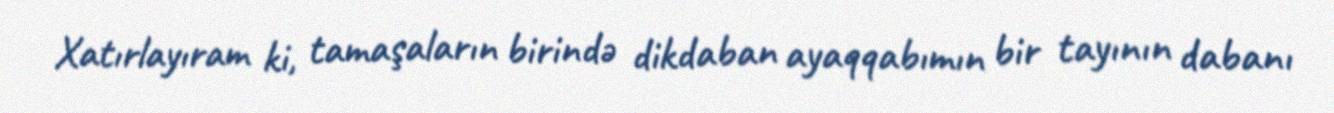
Xatırlayıram ki, tamaşaların birində dikdaban ayaqqabımın bir tayının dabanı